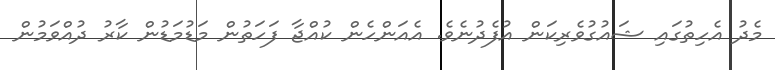
މެދު އެހިތުގައި ޝައުގުވެރިކަން އުފެދުނެވެ. އެއަންހެން ކުއްޖާ ފަހަތުން މަޑުމަޑުން ކާރު ދުއްވަމުން